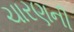
ચારણની